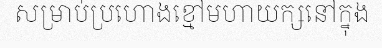
សម្រាប់ប្រហោងខ្មៅមហាយក្សនៅក្នុង